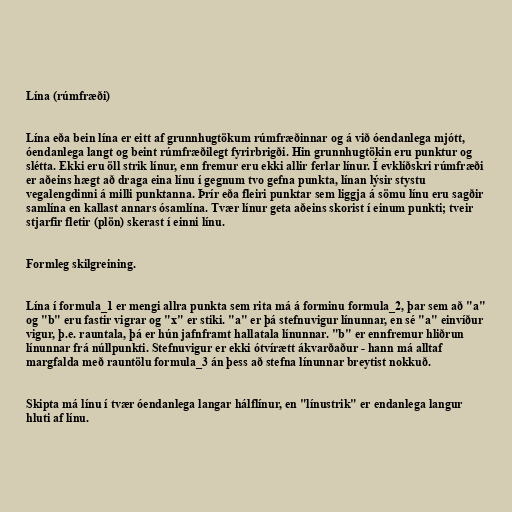
Lína (rúmfræði)

Lína eða bein lína er eitt af grunnhugtökum rúmfræðinnar og á við óendanlega mjótt,
óendanlega langt og beint rúmfræðilegt fyrirbrigði. Hin grunnhugtökin eru punktur og
slétta. Ekki eru öll strik línur, enn fremur eru ekki allir ferlar línur. Í evklíðskri rúmfræði
er aðeins hægt að draga eina línu í gegnum tvo gefna punkta, línan lýsir stystu
vegalengdinni á milli punktanna. Þrír eða fleiri punktar sem liggja á sömu línu eru sagðir
samlína en kallast annars ósamlína. Tvær línur geta aðeins skorist í einum punkti; tveir
stjarfir fletir (plön) skerast í einni línu.

Formleg skilgreining.

Lína í formula_1 er mengi allra punkta sem rita má á forminu formula_2, þar sem að "a"
og "b" eru fastir vigrar og "x" er stiki. "a" er þá stefnuvigur línunnar, en sé "a" einvíður
vigur, þ.e. rauntala, þá er hún jafnframt hallatala línunnar. "b" er ennfremur hliðrun
línunnar frá núllpunkti. Stefnuvigur er ekki ótvírætt ákvarðaður - hann má alltaf
margfalda með rauntölu formula_3 án þess að stefna línunnar breytist nokkuð.

Skipta má línu í tvær óendanlega langar hálflínur, en "línustrik" er endanlega langur
hluti af línu.